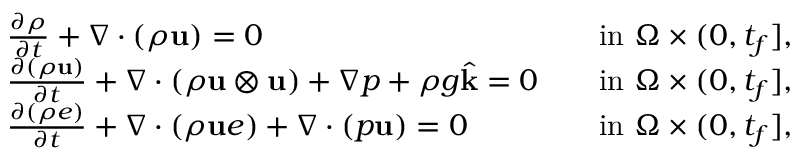
\begin{array} { r l r l } & { \frac { \partial \rho } { \partial t } + \nabla \cdot ( \rho \mathbf u ) = 0 } & & { \mathrm { i n ~ } \Omega \times ( 0 , t _ { f } ] , } \\ & { \frac { \partial ( \rho \mathbf u ) } { \partial t } + \nabla \cdot ( \rho \mathbf u \otimes \mathbf u ) + \nabla p + \rho g \widehat { \mathbf k } = \boldsymbol { 0 } } & & { \mathrm { i n ~ } \Omega \times ( 0 , t _ { f } ] , } \\ & { \frac { \partial ( \rho e ) } { \partial t } + \nabla \cdot ( \rho \mathbf u e ) + \nabla \cdot ( p \mathbf u ) = 0 } & & { \mathrm { i n ~ } \Omega \times ( 0 , t _ { f } ] , } \end{array}